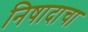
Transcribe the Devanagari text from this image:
निषादाचा